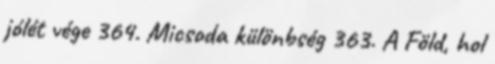
jólét vége 364. Micsoda különbség 363. A Föld, hol